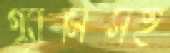
গ্র্যামিসহ